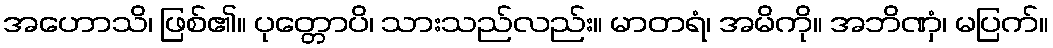
အဟောသိ၊ ဖြစ်၏။ ပုတ္တောပိ၊ သားသည်လည်း။ မာတရံ၊ အမိကို။ အဘိဏှံ၊ မပြက်။